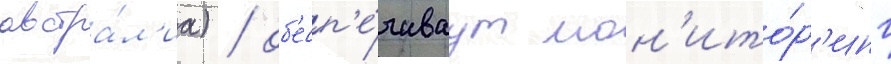
австра́л'иа) / об'есп'е́чиваут мон'ито́р'инг